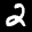
Label: 2